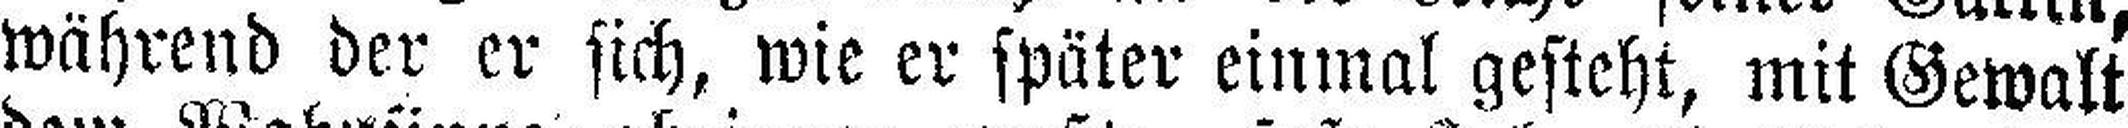
während der er sich, wie er später einmal gesteht, mit Gewalt